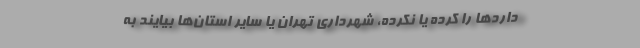
داردها را کرده یا نکرده، شهرداری تهران یا سایر استان‌ها بیایند به